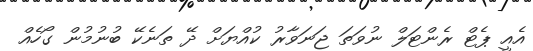
އެއީ ޕެޓް ރެންޓަލް ނުވަތަ ޖަނަވާރު ކުއްޔަށް ދޭ ތަނެކޭ ބުނުމުން ގޯހެއް